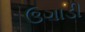
ઉગાડી